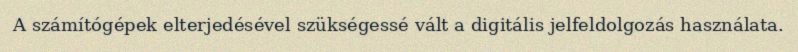
A számítógépek elterjedésével szükségessé vált a digitális jelfeldolgozás használata.